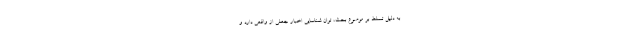
به دلیل تسلط بر موضوع بحث، توان شناسایی اخبار جعلی از واقعی دارد و